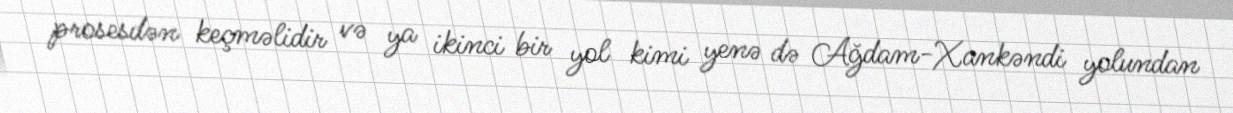
prosesdən keçməlidir və ya ikinci bir yol kimi yenə də Ağdam-Xankəndi yolundan